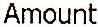
AMOUNT